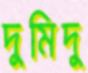
দুমিদু